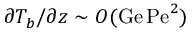
\partial T _ { b } / \partial z \sim { \cal O } ( \mathrm { G e } \, \mathrm { P e } ^ { 2 } )